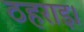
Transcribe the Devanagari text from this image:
ठहराइ।